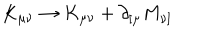
LaTeX: K _ { \mu \nu } \rightarrow K _ { \mu \nu } + \partial _ { [ \mu } M _ { \nu ] }